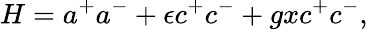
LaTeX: H=a^{+}a^{-}+\epsilon c^{+}c^{-}+gxc^{+}c^{-},